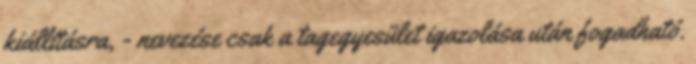
kiállításra, - nevezése csak a tagegyesület igazolása után fogadható.